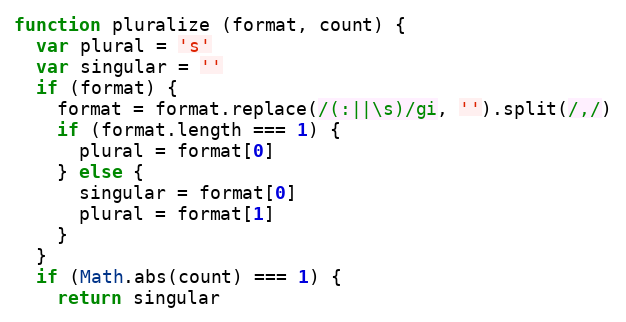
Language: JavaScript
function pluralize (format, count) {
  var plural = 's'
  var singular = ''
  if (format) {
    format = format.replace(/(:||\s)/gi, '').split(/,/)
    if (format.length === 1) {
      plural = format[0]
    } else {
      singular = format[0]
      plural = format[1]
    }
  }
  if (Math.abs(count) === 1) {
    return singular